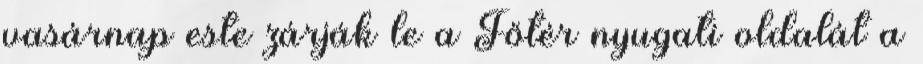
vasárnap este zárják le a Főtér nyugati oldalát a